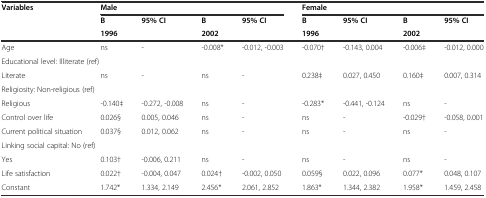
<table><thead><tr><td rowspan="3"><b>Variables</b></td><td colspan="4"><b>Male</b></td><td colspan="4"><b>Female</b></td></tr><tr><td><b>B</b></td><td><b>95% CI</b></td><td><b>B</b></td><td><b>95% CI</b></td><td><b>B</b></td><td><b>95% CI</b></td><td><b>B</b></td><td><b>95% CI</b></td></tr><tr><td colspan="2"><b>1996</b></td><td colspan="2"><b>2002</b></td><td colspan="2"><b>1996</b></td><td colspan="2"><b>2002</b></td></tr></thead><tbody><tr><td>Age</td><td>ns</td><td>-</td><td>-0.008*</td><td>-0.012, -0.003</td><td>-0.070†</td><td>-0.143, 0.004</td><td>-0.006‡</td><td>-0.012, 0.000</td></tr><tr><td colspan="9">Educational level: Illiterate (ref)</td></tr><tr><td>Literate</td><td>ns</td><td>-</td><td>ns</td><td>-</td><td>0.238‡</td><td>0.027, 0.450</td><td>0.160‡</td><td>0.007, 0.314</td></tr><tr><td colspan="9">Religiosity: Non-religious (ref)</td></tr><tr><td>Religious</td><td>-0.140‡</td><td>-0.272, -0.008</td><td>ns</td><td>-</td><td>-0.283*</td><td>-0.441, -0.124</td><td>ns</td><td>-</td></tr><tr><td>Control over life</td><td>0.026§</td><td>0.005, 0.046</td><td>ns</td><td>-</td><td>ns</td><td>-</td><td>-0.029†</td><td>-0.058, 0.001</td></tr><tr><td>Current political situation</td><td>0.037§</td><td>0.012, 0.062</td><td>ns</td><td>-</td><td>ns</td><td>-</td><td>ns</td><td>-</td></tr><tr><td colspan="9">Linking social capital: No (ref)</td></tr><tr><td>Yes</td><td>0.103†</td><td>-0.006, 0.211</td><td>ns</td><td>-</td><td>ns</td><td>-</td><td>ns</td><td>-</td></tr><tr><td>Life satisfaction</td><td>0.022†</td><td>-0.004, 0.047</td><td>0.024†</td><td>-0.002, 0.050</td><td>0.059§</td><td>0.022, 0.096</td><td>0.077*</td><td>0.048, 0.107</td></tr><tr><td>Constant</td><td>1.742*</td><td>1.334, 2.149</td><td>2.456*</td><td>2.061, 2.852</td><td>1.863*</td><td>1.344, 2.382</td><td>1.958*</td><td>1.459, 2.458</td></tr></tbody></table>